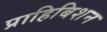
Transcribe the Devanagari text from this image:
प्राहिबिशन